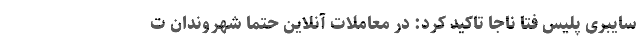
سایبری پلیس فتا ناجا تاکید کرد: در معاملات آنلاین حتما شهروندان ت